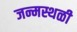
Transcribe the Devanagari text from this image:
जन्मस्थळी